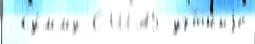
 су́мму США5 уч́тныjе